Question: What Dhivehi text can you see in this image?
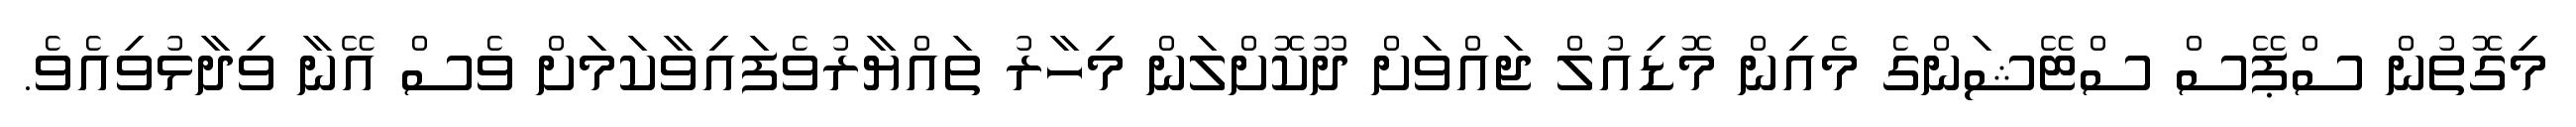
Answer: މިގޮތުން ސްޕޭސް ސްޓޭޝަންގެ މެއިން މޮޑިއުލް ޖައްވަށް ދޫކޮށްލަން މިހާރު ތައްޔާރުވެފައިވާކަމަށް ވެސް އޭނާ ވިދާޅުވިއެވެ.